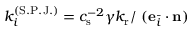
k _ { i } ^ { ( \mathrm { S . P . J . } ) } = c _ { \mathrm { s } } ^ { - 2 } \gamma k _ { \mathrm { r } } / \ ( \mathbf { e } _ { \bar { i } } \cdot \mathbf { n } )